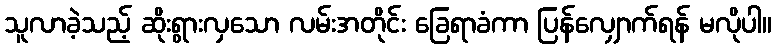
သူလာခဲ့သည့် ဆိုးရွားလှသော လမ်းအတိုင်း ခြေရာခံကာ ပြန်လျှောက်ရန် မလိုပါ။